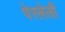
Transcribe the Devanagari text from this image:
पेरलेली